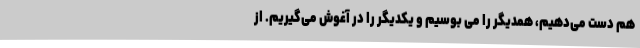
هم دست می‌دهیم، همدیگر را می بوسیم و یکدیگر را در آغوش می‌گیریم. از